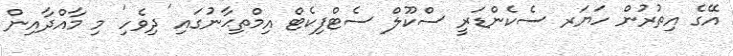
އޭގެ އިތުރުން ހަޔަރ ސެކެންޑަރީ ސްކޫލް ސެޓްފިކެޓް އިމްތިޙާނުގައި 'ދިވެހި' މި މާއްދާއިން